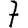
Digit: 7